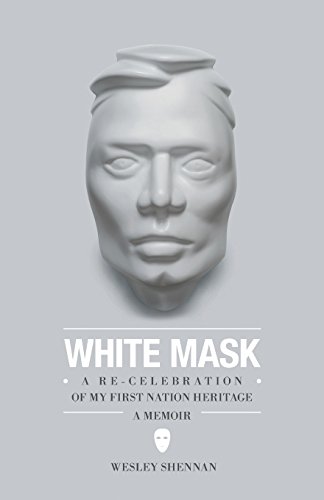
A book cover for White Mask - A Re-Celebration of My First Nation Heritage, a Memoir; Wesley Shennan; Biographies & Memoirs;